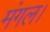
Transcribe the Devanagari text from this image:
मंगल।